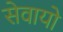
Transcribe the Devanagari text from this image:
सेवायो